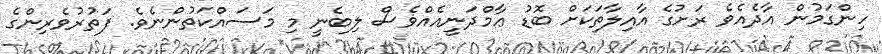
ހިންގަމުން އާދެއެވެ ރަށުގެ އާއިލާތަކަށް ބޮޑު ޢާމްދަނީއެއްވެސް ލިބެނީ މި މަސައްކަތުންނެވެ. ފަތުރުވެރިންގެ